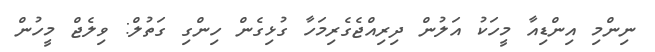
ނިންމި އިންޑިއާ މީހަކު އަލުން ދިރިއްޖެގެރިމަހާ ގުޅިގެން ހިންގި ގަތުލް: ވިލެޖް މީހުން